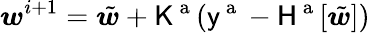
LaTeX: \boldsymbol{w}^{i+1}=\tilde{\boldsymbol{w}}+\mathsf{K}^{\mathrm{~a~}}(\mathsf{y}^{\mathrm{~a~}}-\mathsf{H}^{\mathrm{~a~}}[\tilde{\boldsymbol{w}}])